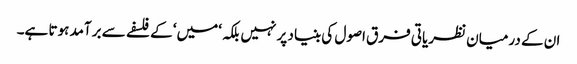
ان کے درمیان نظریاتی فرق اصول کی بنیاد پر نہیں بلکہ ‘میں‘ کے فلسفے سے برآمد ہوتا ہے۔